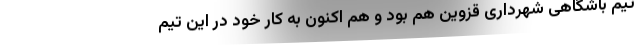
تیم باشگاهی شهرداری قزوین هم بود و هم اکنون به کار خود در این تیم